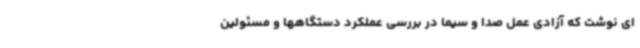
ای نوشت که آزادی عمل صدا و سیما در بررسی عملکرد دستگاهها و مسئولین